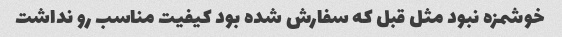
خوشمزه نبود مثل قبل که سفارش شده بود کیفیت مناسب رو نداشت